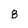
Character: 8